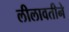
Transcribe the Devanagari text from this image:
लीलावतीने